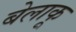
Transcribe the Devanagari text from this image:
बेलाकू